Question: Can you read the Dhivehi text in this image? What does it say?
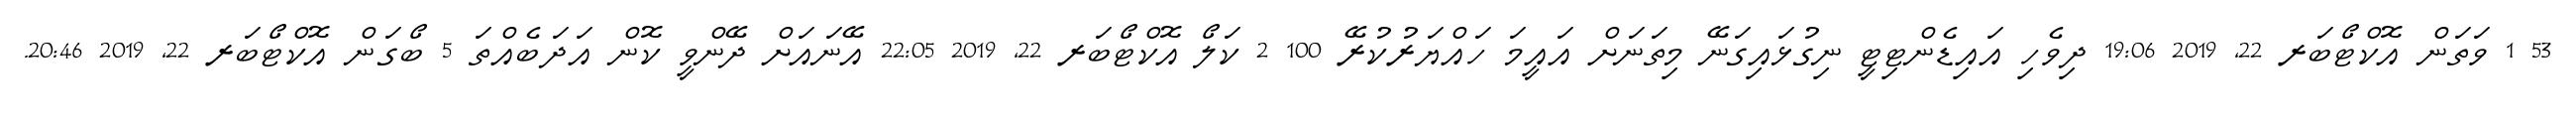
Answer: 53 1 ވަތަން އޮކްޓޯބަރ 22, 2019 19:06 ދިވެހި އައިޑެންޓިޓީ ނިގުޅައިގަނޭ މިތަނަށް އައީމަ ހައްޔަރުކުރޭ 100 2 ކަލޯ އޮކްޓޯބަރ 22, 2019 22:05 އޭނައަށް ދޭންވީ ކޮން އަދަބެއްތަ 5 ބޯގަން އޮކްޓޯބަރ 22, 2019 20:46.